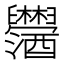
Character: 𫇓